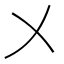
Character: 㐅